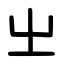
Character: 㞢